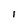
Character: l